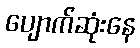
ပျောက်ဆုံးနေ